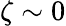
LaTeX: \zeta\sim 0